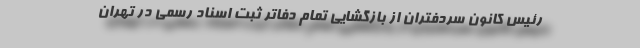
رئیس کانون سردفتران از بازگشایی تمام دفاتر ثبت اسناد رسمی در تهران